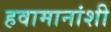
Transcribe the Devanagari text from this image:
हवामानांशी